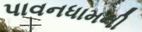
પાવનધામની